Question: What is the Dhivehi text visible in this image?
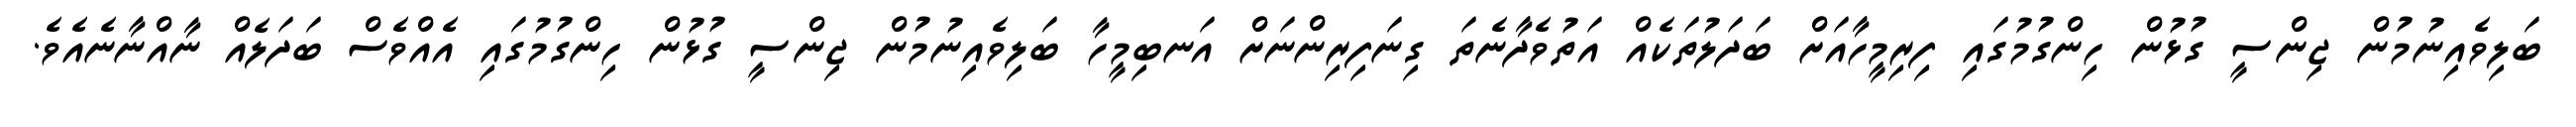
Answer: ބަލިވެއިނުމުން ޖިންސީ ގުޅުން ހިންގުމުގައި ފިރިމީހާއަށް ބަދަލުތަކެއް އަތުވެދާނެތަ ގިނަފިރިންނަށް އަނބިމީހާ ބަލިވެއިނުމުން ޖިންސީ ގުޅުން ހިންގުމުގައި އެއްވެސް ބަދަލެއް ނާއްނާނެއެވެ.